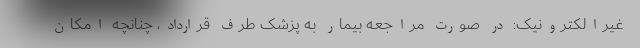
غیرالکترونیک: در صورت مراجعه بیمار به پزشک طرف قرارداد، چنانچه امکان